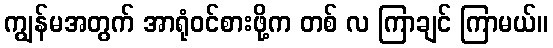
ကျွန်မအတွက် အာရုံဝင်စားဖို့က တစ် လ ကြာချင် ကြာမယ်။